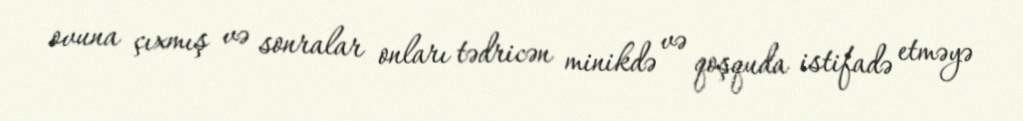
ovuna çıxmış və sonralar onları tədricən minikdə və qoşquda istifadə etməyə